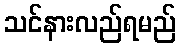
သင်နားလည်ရမည်